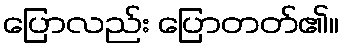
ပြောလည်း ပြောတတ်၏။